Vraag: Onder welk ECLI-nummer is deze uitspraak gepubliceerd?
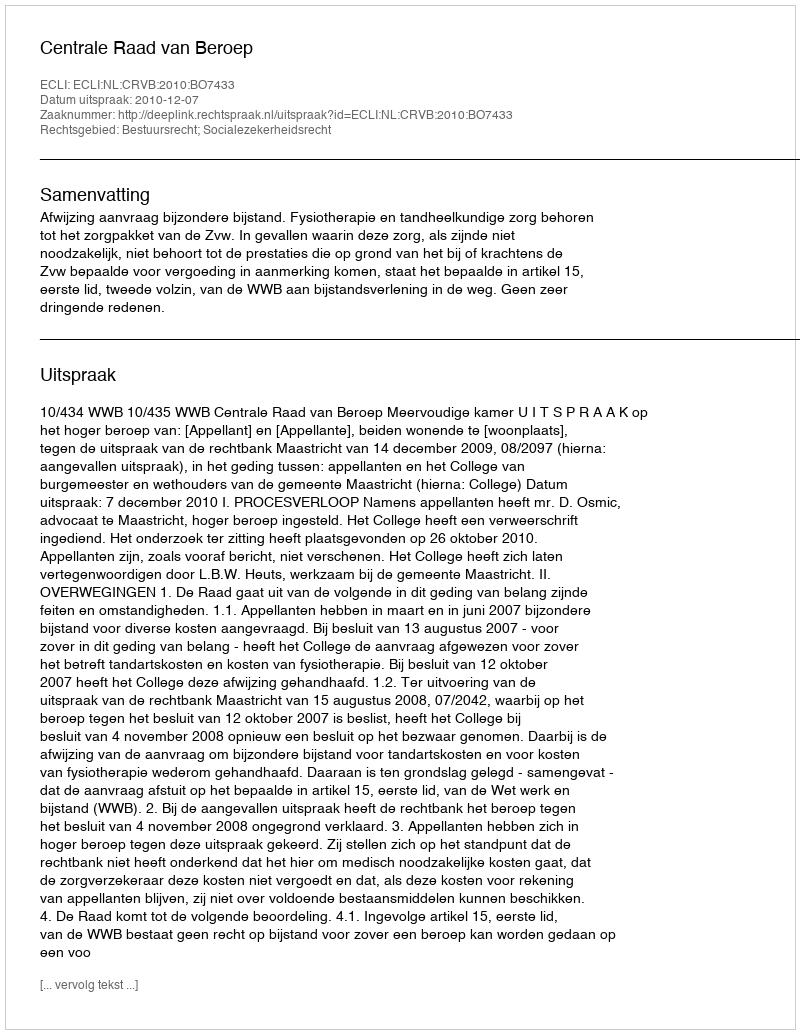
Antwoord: ECLI:NL:CRVB:2010:BO7433